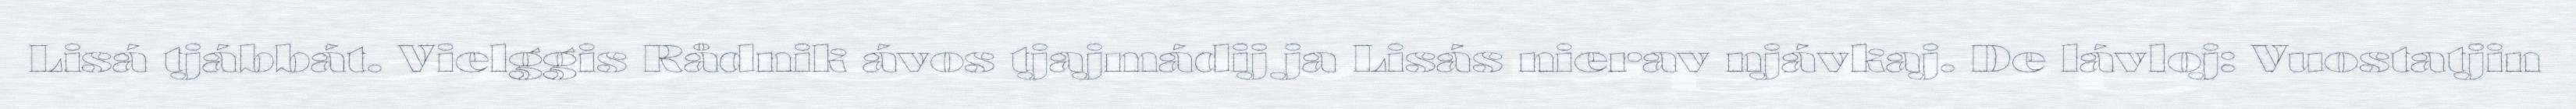
Lisá tjábbát. Vielggis Rådnik ávos tjajmádij ja Lisás nierav njávkaj. De lávloj: Vuostatjin